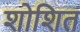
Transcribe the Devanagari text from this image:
शोशित